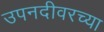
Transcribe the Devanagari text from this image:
उपनदीवरच्या